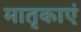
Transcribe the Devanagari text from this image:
मातृकाएं